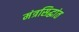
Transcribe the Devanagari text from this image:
मंत्रसिद्धांत